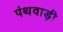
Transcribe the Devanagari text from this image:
पंथवाड़ी